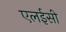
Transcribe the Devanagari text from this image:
एलईसी